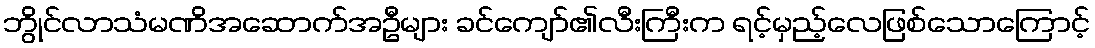
ဘွိုင်လာသံမဏိအဆောက်အဦများ ခင်ကျော်၏လီးကြီးက ရင့်မှည့်လေဖြစ်သောကြောင့်